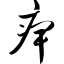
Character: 痹